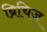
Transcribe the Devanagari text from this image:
ब्रिचिज